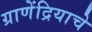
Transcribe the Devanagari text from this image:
ग्राणेंद्रियाचे